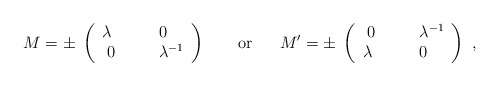
\begin{align*}M = \pm \; \left(\begin{array}{lll}\lambda & \quad & 0\cr\; 0 & \quad & \lambda^{-1}\cr\end{array}\right) \ \ \ \ \ \ {\rm or} \ \ \ \ \ M^\prime = \pm \; \left(\begin{array}{lll}\; 0 & \quad & \lambda^{-1} \cr\lambda & \quad & 0 \cr\end{array}\right)\ , \end{align*}